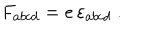
LaTeX: F _ { a b c d } = e \, \varepsilon _ { a b c d } ~ .